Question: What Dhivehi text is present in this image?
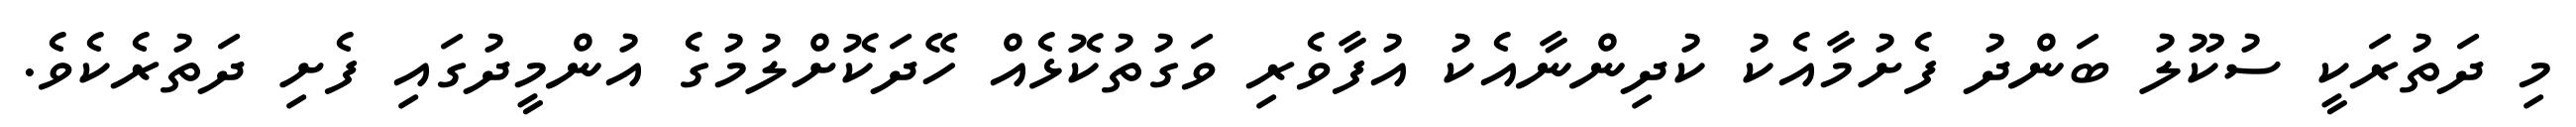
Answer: މި ދަތުރަކީ ސުކޫލު ބަންދު ފެށުމާއެކު ކުދިންނާއެކު އުފާވެރި ވަގުތުކޮޅެއް ހޭދަކޮށްލުމުގެ އުންމީދުގައި ފެށި ދަތުރެކެވެ.